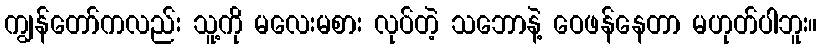
ကျွန်တော်ကလည်း သူ့ကို မလေးမစား လုပ်တဲ့ သဘောနဲ့ ဝေဖန်နေတာ မဟုတ်ပါဘူး။